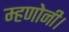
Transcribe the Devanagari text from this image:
म्हणोनी।